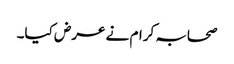
صحابہ کرام نے عرض کیا۔